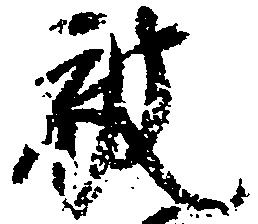
被